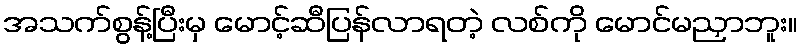
အသက်စွန့်ပြီးမှ မောင့်ဆီပြန်လာရတဲ့ လစ်ကို မောင်မညှာဘူး။